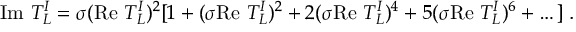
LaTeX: \mathrm { I m } ~ T _ { L } ^ { I } = \sigma ( \mathrm { R e } ~ T _ { L } ^ { I } ) ^ { 2 } [ 1 + ( \sigma \mathrm { R e } ~ T _ { L } ^ { I } ) ^ { 2 } + 2 ( \sigma \mathrm { R e } ~ T _ { L } ^ { I } ) ^ { 4 } + 5 ( \sigma \mathrm { R e } ~ T _ { L } ^ { I } ) ^ { 6 } + \dots ] \; .